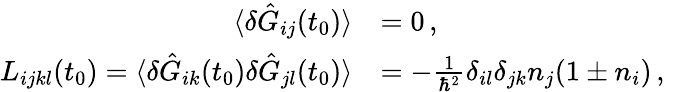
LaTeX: \begin{array}{rl}{\langle\delta\hat{G}_{ij}(t_{0})\rangle}&{=0\, ,}\\ {L_{ijkl}(t_{0})=\langle\delta\hat{G}_{ik}(t_{0})\delta\hat{G}_{jl}(t_{0})\rangle}&{=-\frac{1}{\hbar^{2}}\delta_{il}\delta_{jk}n_{j}(1\pm n_{i})\, ,\quad}\end{array}